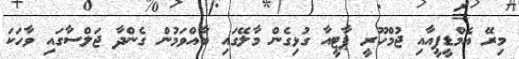
މިރޭ އެމްޑީޕީއާއި ޖުމްހޫރީ ޕާޓީއާ ގުޅިގެން މާލޭގައި ބާއްވަމުން ގެންދާ ޖަލްސާގައި ވާހަކަ